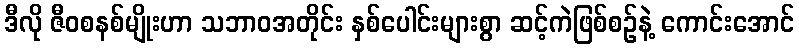
ဒီလို ဇီဝစနစ်မျိုးဟာ သဘာဝအတိုင်း နှစ်ပေါင်းများစွာ ဆင့်ကဲဖြစ်စဉ်နဲ့ ကောင်းအောင်